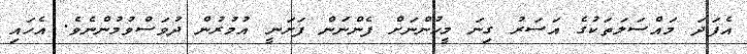
އެފަދަ މައްސަލަތަކުގެ އަސަރު ގިނަ މީހުންނަށް ފެންނަން ފަށަނީ އުމުރުން ދުވަސްވުމުންނެވެ. އެހައި